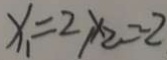
x _ { 1 } = 2 , x _ { 2 } = - 2